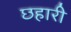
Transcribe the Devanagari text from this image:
छहारी